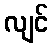
လျင်